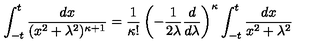
\int _ { - t } ^ { t } \frac { d x } { ( x ^ { 2 } + \lambda ^ { 2 } ) ^ { \kappa + 1 } } = \frac { 1 } { \kappa ! } \left( - \frac { 1 } { 2 \lambda } \frac { d } { d \lambda } \right) ^ { \kappa } \int _ { - t } ^ { t } \frac { d x } { x ^ { 2 } + \lambda ^ { 2 } }